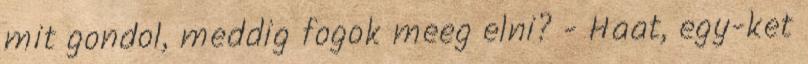
mit gondol, meddig fogok meeg elni? - Haat, egy-ket